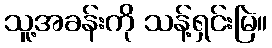
သူ့အခန်းကို သန့်ရှင်းမြဲ။